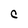
Character: C